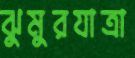
ঝুমুরযাত্রা